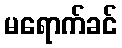
မရောက်ခင်